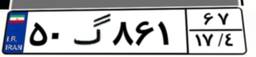
۵۰گ۸۶۱۶۷